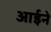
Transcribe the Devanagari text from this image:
आर्इने